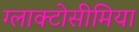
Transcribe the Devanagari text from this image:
ग्लाक्टोसीमिया